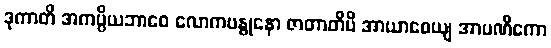
ဒုကာတိ အကပ္ပိယဘာဝေ လောကဗန္ဓုနော ဇာတာတိပိ အာယာစေယျ အာပဏိကော